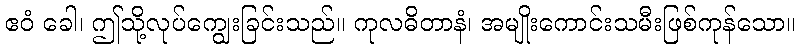
ဧဝံ ခေါ၊ ဤသို့လုပ်ကျွေးခြင်းသည်။ ကုလဓိတာနံ၊ အမျိုးကောင်းသမီးဖြစ်ကုန်သော။